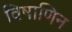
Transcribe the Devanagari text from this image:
विषाणिन